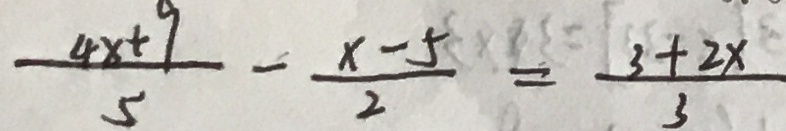
\frac { 4 x + 9 } { 5 } - \frac { x - 5 } { 2 } = \frac { 3 + 2 x } { 3 }